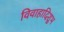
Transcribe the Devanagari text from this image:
विवाहादिशुभ